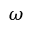
\omega